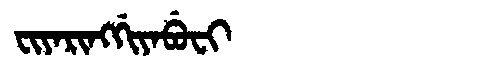
Manchu: ᠸᡳᠶᠠᡵᡳᠩᡤᡳᠶᠠᠪᡠᠸᡳ
Romanization: FIYARINGGIYABUFI